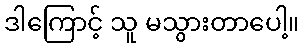
ဒါကြောင့် သူ မသွားတာပေါ့။